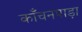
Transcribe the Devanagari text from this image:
काँचनपाड़ा